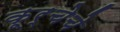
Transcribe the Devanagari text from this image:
कूर्चेचे